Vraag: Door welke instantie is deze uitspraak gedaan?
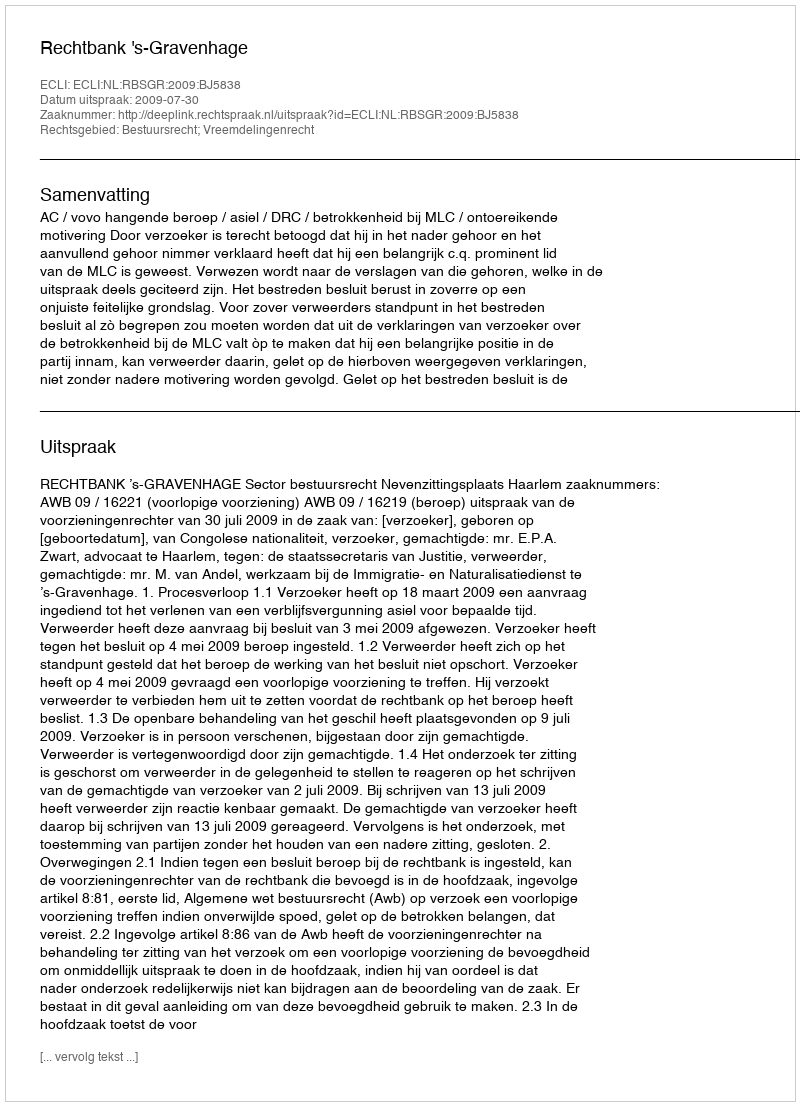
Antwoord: Rechtbank 's-Gravenhage